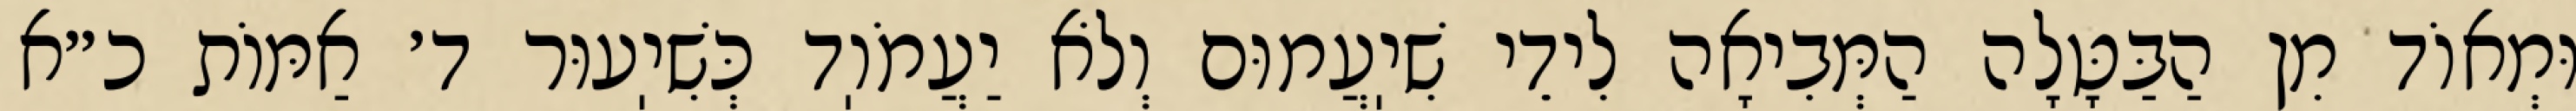
וּמְאוֹד מִן הַבַּטָּלָה הַמְּבִיאָה לִידֵי שִׁיֽעֲמוּם וְלֹא יַעֲמֹוֽד כְּשִׁיֽעוּר ד׳ אַמּוֹת כ״א